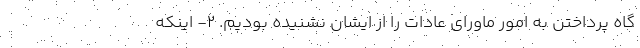
گاه پرداختن به امور ماورای عادات را از ایشان نشنیده بودیم. ۲- اینکه